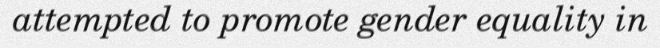
attempted to promote gender equality in